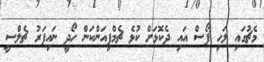
މެޗުގައި ލަހި ފޯސް އައި ދެކޮޅަށް ކުޅެ ޗެމްޕިއަންކަން ހޯދީ ނައިފަރު ޗެލްސީ